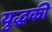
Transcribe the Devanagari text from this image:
युद्धकी